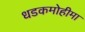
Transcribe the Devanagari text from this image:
धडकमोहीमा